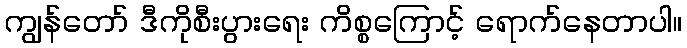
ကျွန်တော် ဒီကိုစီးပွားရေး ကိစ္စကြောင့် ရောက်နေတာပါ။